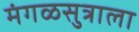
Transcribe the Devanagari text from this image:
मंगळसुत्राला